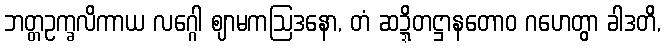
ဘတ္တဥက္ခလိကာယ လဂ္ဂေါ ဈာမကဩဒနော, တံ ဆဍ္ဍိတဋ္ဌာနတောဝ ဂဟေတွာ ခါဒတိ,